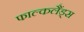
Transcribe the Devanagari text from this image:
फाल्कलैंड्स